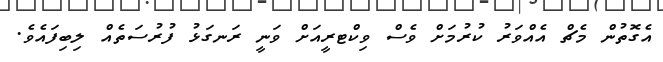
އެގޮތުން މެޗް އެއްވަރު ކުރުމަށް ވެސް ވިކްޓރީއަށް ވަނީ ރަނގަޅު ފުރުސަތެއް ލިބިފައެވެ.